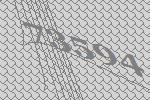
73594